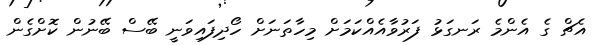
އެޗް ގެ އެންމެ ރަނގަޅު ފަރުވާއެއްކަމަށް މިހާތަނަށް ހޯދިފައިވަނީ ބޭސް ބޭނުން ކޮށްގެން